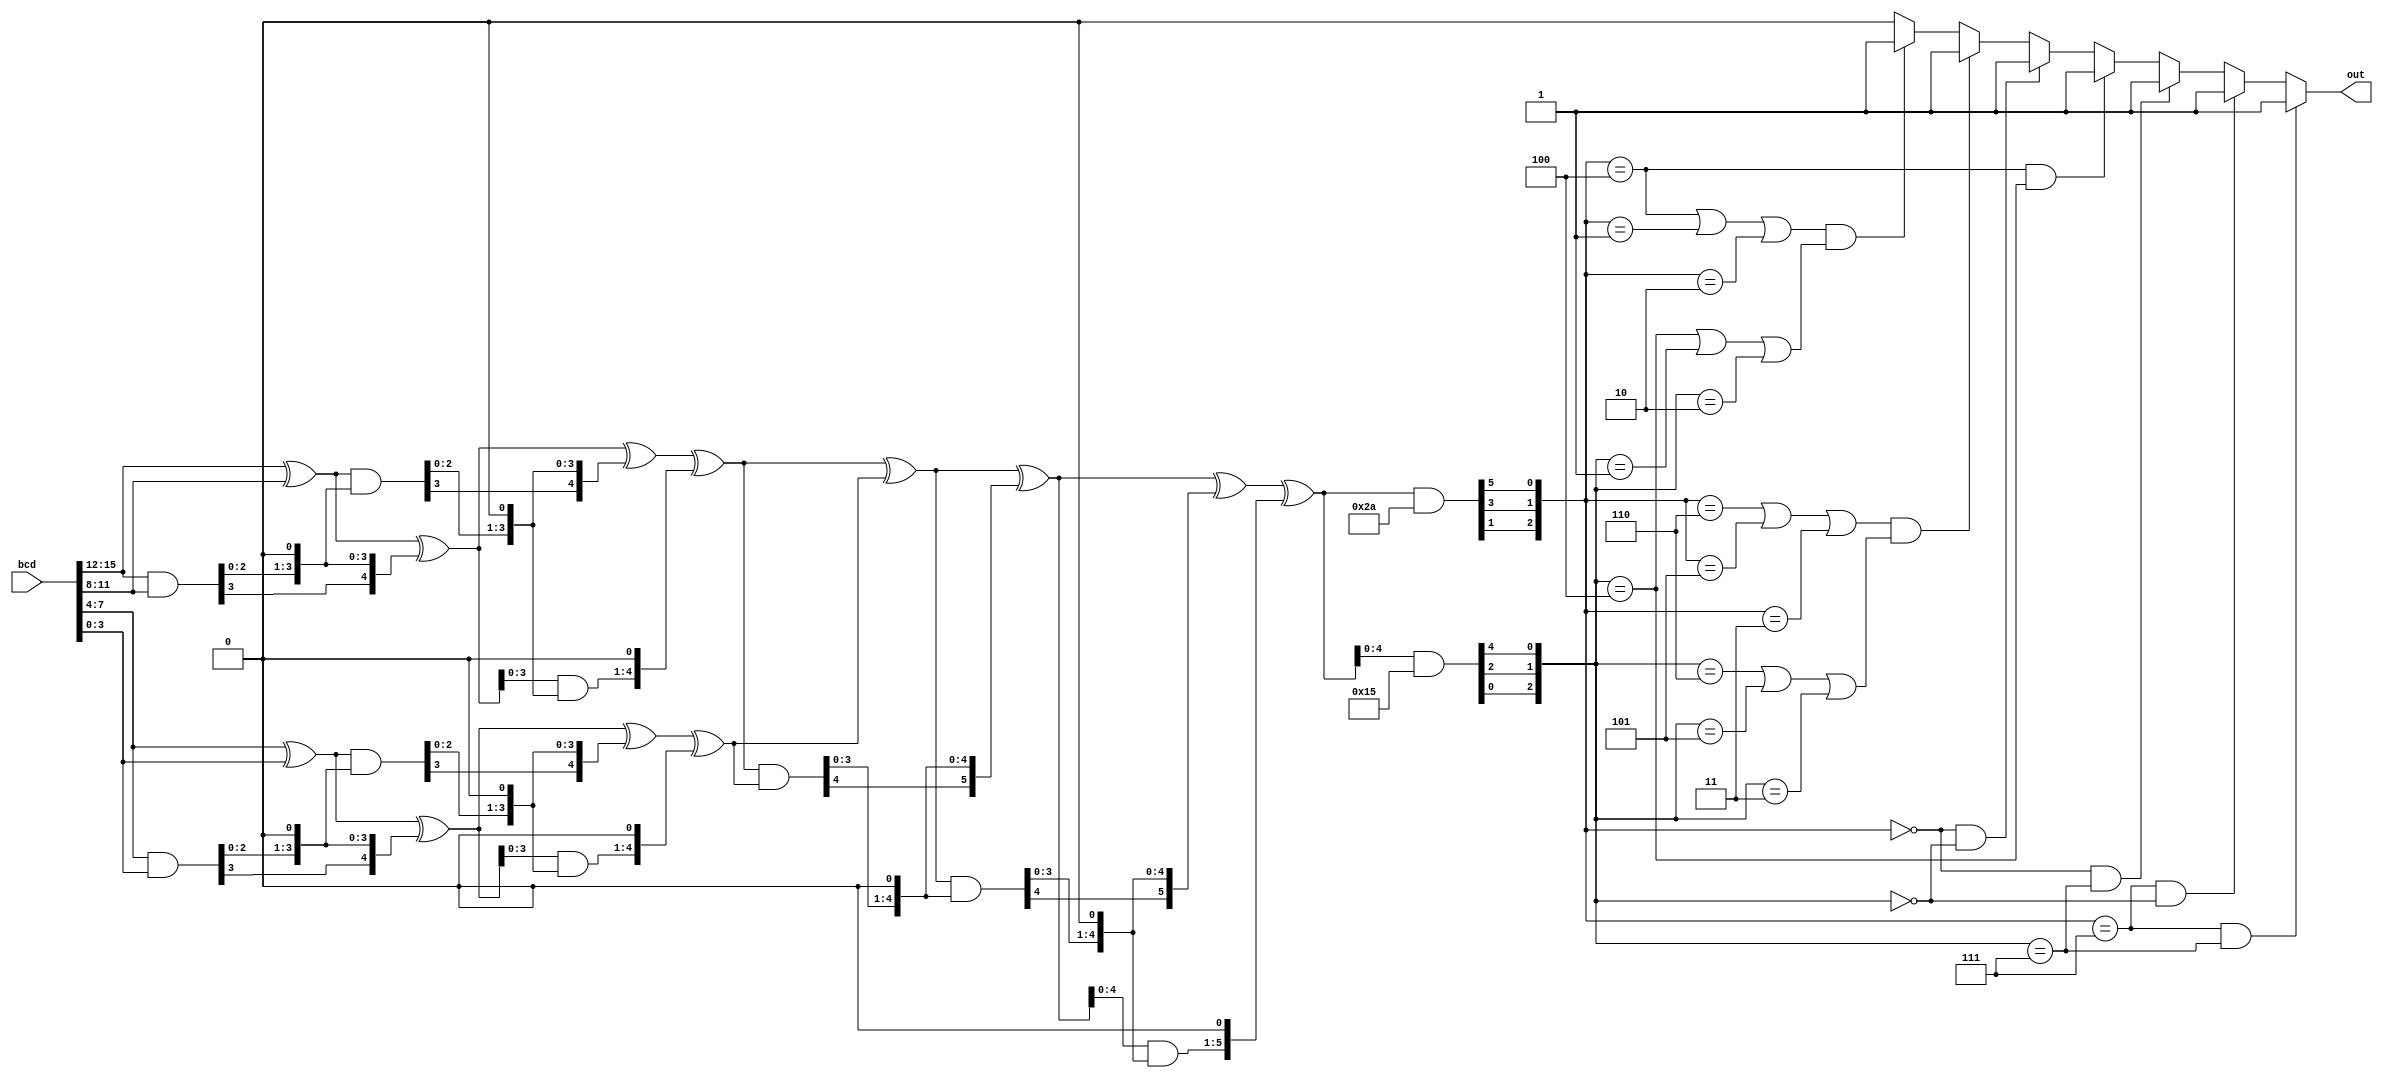
// Code your design here
//`include "add.sv"
module divis3(
  input [15:0] bcd,
  output out
);
  
  
  
reg [5:0] sum; // maximum number is 100100
reg[2:0] fin;
reg temp;
reg[3:0] test;
  
reg [3:0] op1;
reg [3:0] op2;
reg [3:0] op3;
reg [3:0] op4;

reg [4:0] s1;
reg [4:0] c1p;
reg [4:0] c1;
reg [4:0] s2;
reg [4:0] c2p;
reg [4:0] c2;
reg [4:0] s3;
reg [4:0] c3p;
reg [4:0] c3;
reg [4:0] s4;
reg [4:0] c4p;
  
reg [4:0] s5;
reg [4:0] c5p;
reg [4:0] c5;
reg [4:0] s6;
reg [4:0] c6p;
reg [4:0] c6;
reg [4:0] s7;
reg [4:0] c7p;
reg [4:0] c7;
reg [4:0] s8;
reg [4:0] c8p;

reg [5:0] s5_;
reg [5:0] c5p_;
reg [5:0] c5_;
reg [5:0] s6_;
reg [5:0] c6p_;
reg [5:0] c6_;
reg [5:0] s7_;
reg [5:0] c7p_;
reg [5:0] c7_;
reg [5:0] s8_;
reg [5:0] c8p_;
  
reg[4:0] num1;
reg[4:0] num2;
  
reg[5:0] num1X;
reg[5:0] num2X;

reg[2:0] NFIN1;
reg[2:0] NFIN2;
  
  always @(bcd)
    begin
	  sum = 6'b000000;
      fin = 3'b000;
      //sum = bcd[15:12] + bcd[11:8] + bcd[7:4] + bcd[3:0];
      
      //fin = sum[0]-sum[1]+sum[2]-sum[3]+sum[4]-sum[5];

      op1 = bcd[15:12];
      op2 = bcd[11:8];
      op3 = bcd[7:4];
      op4 = bcd[3:0];
      
       s1 = op1 ^ op2;
       c1p = op1 & op2;
       c1 = {c1p[3:0], 1'b0};

       s2 = s1 ^ c1;
       c2p = s1 & c1;
       c2 = {c2p[3:0], 1'b0};

       s3 = s2 ^ c2;
       c3p = s2 & c2;
       c3 = {c3p[3:0], 1'b0};

       s4 = s3 ^ c3;
       c4p = s3 & c3;
      
       num1 = {c4p,s4};
      
       s5 = op3 ^ op4;
       c5p = op3 & op4;
       c5 = {c5p[3:0], 1'b0};

       s6 = s5 ^ c5;
       c6p = s5 & c5;
       c6 = {c6p[3:0], 1'b0};

       s7 = s6 ^ c6;
       c7p = s6 & c6;
       c7 = {c7p[3:0], 1'b0};

       s8 = s7 ^ c7;
       c8p = s7 & c7;
      
       num2 = {c8p,s8};
      
      /*************************************/
      
       s5_ = num1 ^ num2;
       c5p_ = num1 & num2;
       c5_ = {c5p_[4:0], 1'b0};

       s6_ = s5_ ^ c5_;
       c6p_ = s5_ & c5_;
       c6_ = {c6p_[4:0], 1'b0};

       s7_ = s6_ ^ c6_;
       c7p_ = s6_ & c6_;
       c7_ = {c7p_[4:0], 1'b0};

       s8_ = s7_ ^ c7_;
       c8p_ = s7_ & c7_;
      
      sum = {c8p_,s8_};
      
      num1X = sum & 6'b101010;
      num2X = sum & 6'b010101;
      
      NFIN1 = {num1X[1],num1X[3],num1X[5]};
      NFIN2 = {num2X[0],num2X[2],num2X[4]};
      
      if (NFIN1 == 3'b111 && NFIN2 == 3'b111)
        temp = 1'b1;
      else if (NFIN1 == 3'b111 && NFIN2 == 3'b000)
        temp = 1'b1;
      else if (NFIN1 == 3'b000 && NFIN2 == 3'b111)
        temp = 1'b1;
      else if (NFIN1 == 3'b100 && NFIN2 == 3'b100)
        temp = 1'b1;
      else if (NFIN1 == 3'b000 && NFIN2 == 3'b000)
        temp = 1'b1;
      else if ((NFIN1 == 3'b110 || NFIN1 == 3'b101 || NFIN1 == 3'b011) && (NFIN2 == 3'b110 || NFIN2 == 3'b101 || NFIN2 == 3'b011))
        temp = 1'b1;
      else if ((NFIN1 == 3'b100 || NFIN1 == 3'b001 || NFIN1 == 3'b010) && (NFIN2 == 3'b100 || NFIN2 == 3'b001 || NFIN2 == 3'b010))
        temp = 1'b1;
      else
        temp = 1'b0;
      
    end
//  assign out = temp;
  assign out = temp;
endmodule